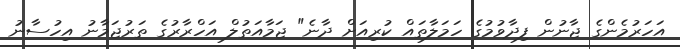
އަހަރުމެންގެ ޖާނުން ފިދާވުމުގެ ހަމަލާތައް ކުރިއަށް ދާނެ" ޖަމާއަތުލް އަހްރާރުގެ ތަރުޖަމާނު އިހުސާނު